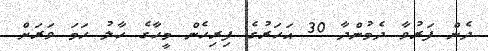
ދެން ފަރުވާ ދެމުންދާ 30 އަހަރުގެ ފިރިހެން މީހާގެ ހާލު ހަމަ ވަރަށް